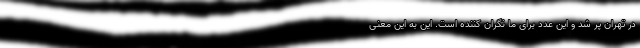
در تهران پر شد و این عدد برای ما نگران کننده است. این به این معنی